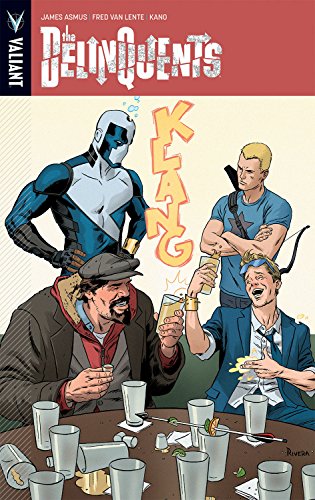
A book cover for The Delinquents TP; James Asmus; Travel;